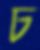
চ